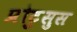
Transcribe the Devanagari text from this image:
प्रोट्रुसुस